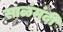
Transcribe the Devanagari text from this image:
साळंमंदी